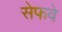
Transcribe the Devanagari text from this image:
सेफवे